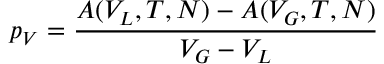
p _ { V } = { \frac { A ( V _ { L } , T , N ) - A ( V _ { G } , T , N ) } { V _ { G } - V _ { L } } }